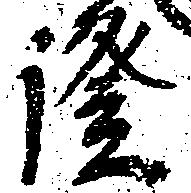
証